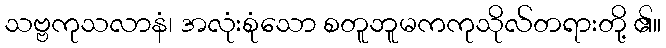
သဗ္ဗကုသလာနံ၊ အလုံးစုံသော စတူဘူမကကုသိုလ်တရားတို့ ၏။